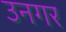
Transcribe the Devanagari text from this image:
उनगर